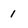
Character: 1